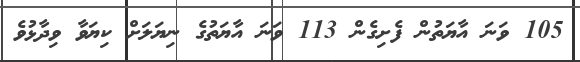
105 ވަނަ އާޔަތުން ފެށިގެން 113 ވަނަ އާޔަތުގެ ނިޔަލަށް ކިޔަވާ ވިދާޅުވެ